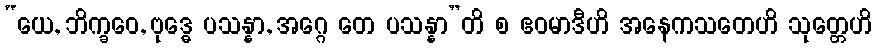
“ယေ, ဘိက္ခဝေ, ဗုဒ္ဓေ ပသန္နာ, အဂ္ဂေ တေ ပသန္နာ”တိ စ ဧဝမာဒီဟိ အနေကသတေဟိ သုတ္တေဟိ